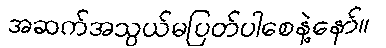
အဆက်အသွယ်မပြတ်ပါစေနဲ့နော်။